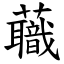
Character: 蘵